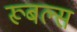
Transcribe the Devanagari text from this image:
रूबल्स